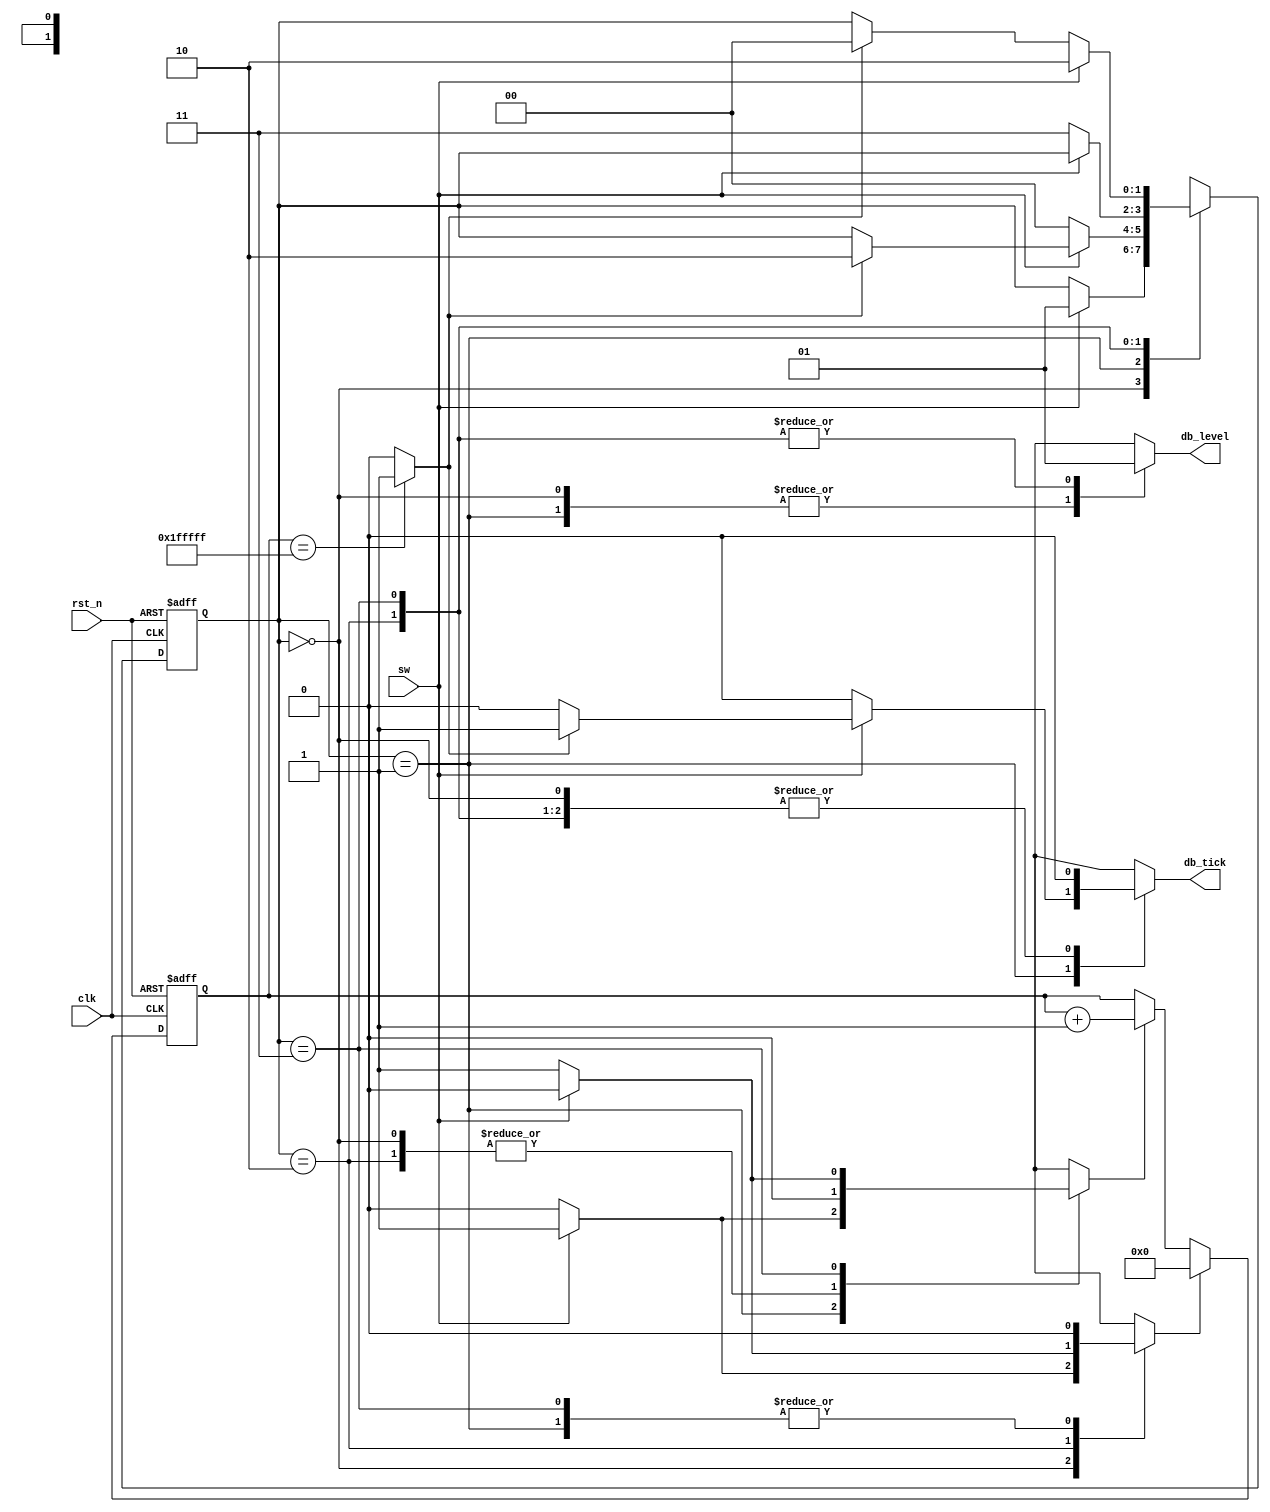
`timescale 1ns / 1ps

module debounce_explicit(
    input wire clk,
    input wire rst_n,
    input wire sw,
    output reg db_level,
    output reg db_tick
);
    /*
    Instance Template:
    debounce_explicit
    (
        .clk(clk),
        .rst_n(rst_n),
        .sw(sw),
        .db_level(),
        .db_tick(key_tick)
    );
    */

    // FSM symbolic state declarations
    localparam [1:0] idle    = 2'b00,
                     delay0  = 2'b01,
                     one     = 2'b10,
                     delay1  = 2'b11;
    
    localparam N = 21; // 21 bits is 42ms -> 2^N / 50MHz = 42ms

    reg [1:0] state_reg, state_nxt;       // FSM state registers
    reg [N-1:0] timer_reg, timer_nxt;     // Timer registers
    reg timer_zero, timer_inc, timer_tick;// Control and status signals

    // FSM and timer register logic
    always @(posedge clk or negedge rst_n) begin
        if (!rst_n) begin
            state_reg <= idle;
            timer_reg <= 0;
        end else begin
            state_reg <= state_nxt;
            timer_reg <= timer_nxt;
        end
    end

    // FSM control path next-state logic
    always @* begin
        state_nxt = state_reg;
        timer_zero = 0;
        timer_inc = 0;
        db_tick = 0;
        db_level = 0;

        case (state_reg)
            idle: 
                if (sw == 1) begin
                    timer_zero = 1; // Load the timer with value of zero
                    state_nxt = delay0;
                end

            delay0: 
                if (sw == 1) begin
                    timer_inc = 1; // Increment timer by 1
                    if (timer_tick) begin // If timer reaches the max (next edge will wrap the timer to zero again)
                        state_nxt = one;
                        db_tick = 1;
                    end
                end else begin
                    state_nxt = idle;
                end

            one: 
                begin
                    db_level = 1;
                    if (sw == 0) begin
                        timer_zero = 1; // Load the timer with value of zero
                        state_nxt = delay1;
                    end
                end

            delay1: 
                begin
                    db_level = 1;
                    if (sw == 0) begin
                        timer_inc = 1;
                        if (timer_tick) // If timer reaches the max (wherein the next edge will wrap the timer to zero again)
                            state_nxt = idle;
                    end else begin
                        state_nxt = one;
                    end
                end

            default: state_nxt = idle;
        endcase                    
    end

    // Datapath (timer) logic and operation
    always @* begin
        timer_nxt = timer_reg;
        if (timer_zero) 
            timer_nxt = 0; // Load zero 
        else if (timer_inc) 
            timer_nxt = timer_reg + 1; // Increment by one

        timer_tick = (timer_reg == {N{1'b1}}) ? 1 : 0; // Notify if timer is already at max
    end

endmodule